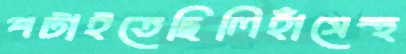
পটাইতেছিলিহাঁসেস্থ